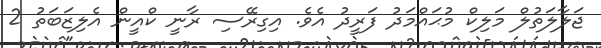
ޖަލާލަތުލް މަލިކް މުޙައްމަދު ފަރީދު އެވެ. އިގިރޭސި ރާނީ ކްއީން އެލިޒަބަތު 2